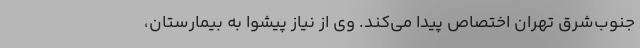
جنوب‌شرق تهران اختصاص پیدا می‌کند. وی از نیاز پیشوا به بیمارستان،